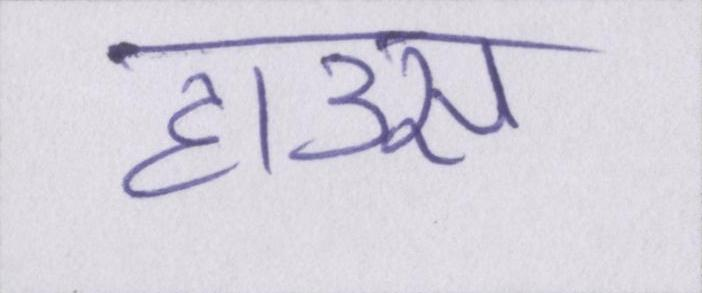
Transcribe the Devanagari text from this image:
हाउस